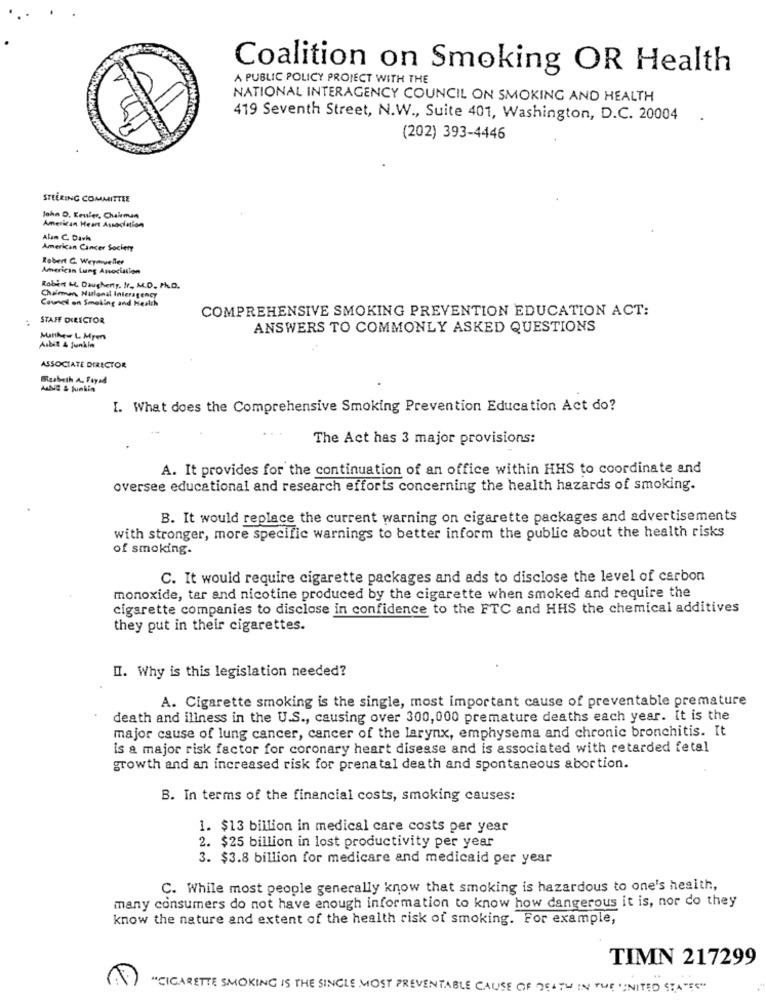
Coalition on Smoking OR Health
A PUBLIC POLICY PROJECT WITH THE
NATIONAL INTERAGENCY COUNCIL ON SMOKING AND HEALTH
419 Seventh Street, N.W ., Suite 401, Washington, D.C. 20004
(202) 393-4446
STEERING COMMITTEE
John D. Eeuler, Chairman
American Heart Association
Alan C. Davh
American Cancer Society
Robert C. Weymueller
American Lung Association
Robin M. Daugherty. Ir. M.D. Ph.D.
Chainen. Nulonal Interagency
Caunes on Smoking and Health
COMPREHENSIVE SMOKING PREVENTION EDUCATION ACT:
STAFF DIRECTOR
ANSWERS TO COMMONLY ASKED QUESTIONS
Aibit 4 junkin
Matthew L Mpes
ASSOCIATE DIRECTOR
Bzabeth A. Fayad
ALE & junkin
I. What does the Comprehensive Smoking Prevention Education Act do?
The Act has 3 major provisions:
A. It provides for the continuation of an office within HHS to coordinate and
oversee educational and research efforts concerning the health hazards of smoking.
B. It would replace the current warning on cigarette packages and advertisements
with stronger, more specific warnings to better inform the public about the health risks
of smoking.
C. It would require cigarette packages and ads to disclose the level of carbon
monoxide, tar and nicotine produced by the cigarette when smoked and require the
cigarette companies to disclose in confidence to the FTC and HHS the chemical additives
they put in their cigarettes.
II. Why is this legislation needed?
A. Cigarette smoking is the single, most important cause of preventable premature
death and iliness in the U.S ., causing over 300,000 premature deaths each year. It is the
major cause of lung cancer, cancer of the larynx, emphysema and chronic bronchitis. It
is a major risk factor for coronary heart disease and is associated with retarded fetal
growth and an increased risk for prenatal death and spontaneous abortion.
B. In terms of the financial costs, smoking causes:
1. $13 billion in medical care costs per year
2. $25 billion in lost productivity per year
3. $3.8 billion for medicare and medicaid per year
C. While most people generally know that smoking is hazardous to one's heaith,
many consumers do not have enough information to know how dangerous it is, nor do they
know the nature and extent of the health risk of smoking. For example,
TIMN 217299
"CIGARETTE SMOKING IS THE SINGLE MOST PREVENTABLE CAUSE OF DEATH IN THE UNITED STATES"